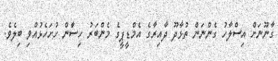
ގާނޫނަށް އިސްލާހު ގެންނަން ތުޅާދޫ ދާއިރާގެ އެމްޑީޕީގެ މެންބަރު ހިސާން ހުށަހެޅުއްވި ބިލެވެ.